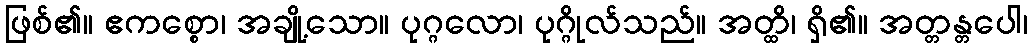
ဖြစ်၏။ ဧကစ္စော၊ အချို့သော။ ပုဂ္ဂလော၊ ပုဂ္ဂိုလ်သည်။ အတ္ထိ၊ ရှိ၏။ အတ္တန္တပေါ၊